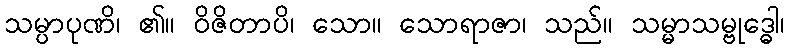
သမ္ပာပုဏိ၊ ၏။ ဝိဇိတာပိ၊ သော။ သောရာဇာ၊ သည်။ သမ္မာသမ္ဗုဒ္ဓေါ၊